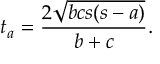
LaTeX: t _ { a } = { \frac { 2 { \sqrt { b c s ( s - a ) } } } { b + c } } .